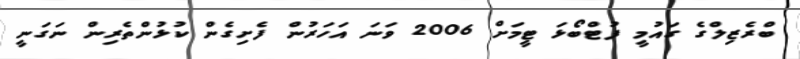
ބްރެޒިލްގެ ގައުމީ ފުޓްބޯޅަ ޓީމަށް 2006 ވަނަ އަހަރުން ފެށިގެން ކުޅުންތެރިން ނަގަނީ